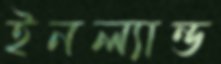
ইনল্যান্ড